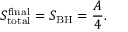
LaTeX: S _ { \mathrm { t o t a l } } ^ { \mathrm { f i n a l } } = S _ { \mathrm { B H } } = \frac { A } { 4 } .